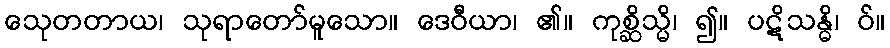
သေုတတာယ၊ သုရာတော်မူသော။ ဒေဝီယာ၊ ၏။ ကုစ္ဆိသ္မိ၊ ၍။ ပဋိသန္ဓိ၊ ဝ်။